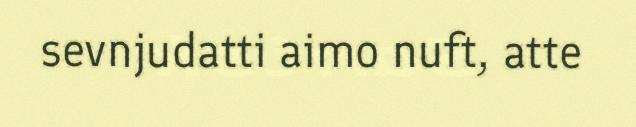
sevnjudatti aimo nuft, atte